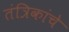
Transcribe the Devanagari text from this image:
तंत्रिकांचे